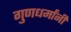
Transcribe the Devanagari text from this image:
गुणधर्मांनी